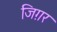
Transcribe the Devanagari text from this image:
जिग़र